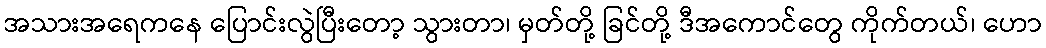
အသားအရေကနေ ပြောင်းလွဲပြီးတော့ သွားတာ၊ မှတ်တို့ ခြင်တို့ ဒီအကောင်တွေ ကိုက်တယ်၊ ဟော